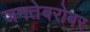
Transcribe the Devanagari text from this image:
जनतेबरोबर